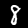
Digit: 8